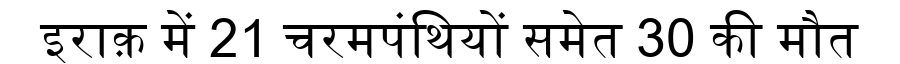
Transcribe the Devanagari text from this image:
इराक़ में 21 चरमपंथियों समेत 30 की मौत